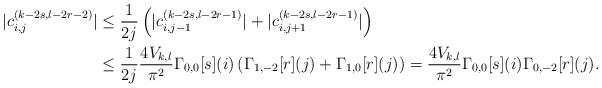
LaTeX: \begin{align*}|c_{i,j}^{(k-2s,l-2r-2)}| & \leq \dfrac{1}{2j}\left(|c_{i,j-1}^{(k-2s,l-2r-1)}| + |c_{i,j+1}^{(k-2s,l-2r-1)}|\right)\\ & \leq \dfrac{1}{2j} \frac{4V_{k,l}}{\pi^2}\Gamma_{0,0}[s](i)\left(\Gamma_{1,-2}[r](j)+\Gamma_{1,0}[r](j)\right)= \dfrac{4V_{k,l}}{\pi^2}\Gamma_{0,0}[s](i)\Gamma_{0,-2}[r](j).\end{align*}